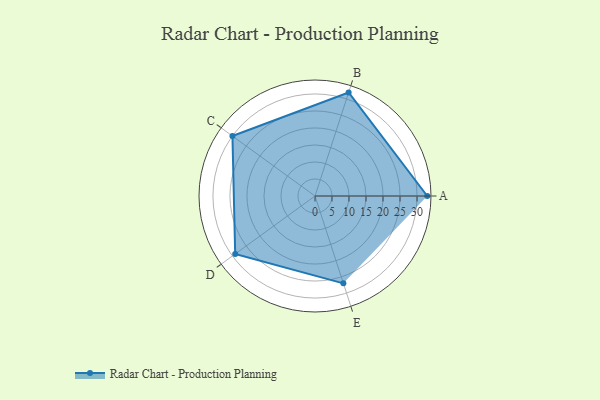
{"axis": {"x": "Skill", "y": "Score"}, "legend": ["Profile"], "data": [{"x": "A", "y": 33.0, "type": "Profile"}, {"x": "B", "y": 32.0, "type": "Profile"}, {"x": "C", "y": 30.0, "type": "Profile"}, {"x": "D", "y": 29.0, "type": "Profile"}, {"x": "E", "y": 27.0, "type": "Profile"}]}